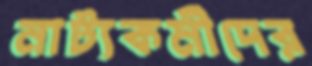
নাট্যকর্মীদের